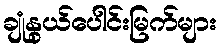
ချုံနွယ်ပေါင်းမြက်များ